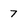
Character: 7